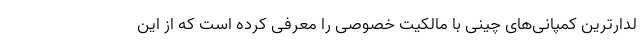
لدارترین کمپانی‌های چینی با مالکیت خصوصی را معرفی کرده است که از این